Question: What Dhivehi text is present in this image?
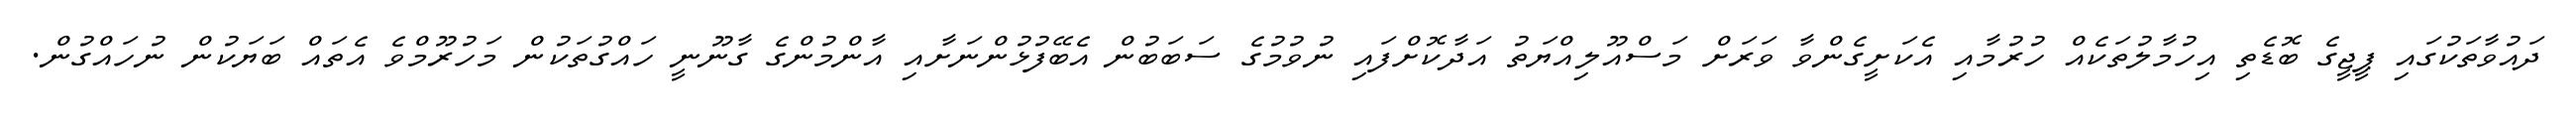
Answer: ދައުވާތަކުގައި ޕީޖީގެ ބޮޑެތި އިހުމާލުތަކެއް ހުރުމާއި އެކަށީގެންވާ ވަރަށް މަސްއޫލިއްޔަތު އަދާކޮށްފައި ނުވުމުގެ ސަބަބުން އެބޭފުޅުންނަށާއި އާންމުންގެ ގާނޫނީ ހައްގުތަކުން މަހުރޫމްވެ އެތައް ބަޔަކުން ނުހައްގުން.